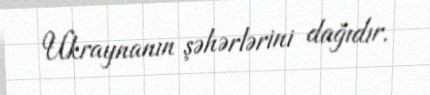
Ukraynanın şəhərlərini dağıdır.